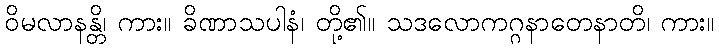
ဝိမလာနန္တိ၊ ကား။ ခိဏာသပါနံ၊ တို့၏။ သဒလောကဂ္ဂနာတေနာတိ၊ ကား။